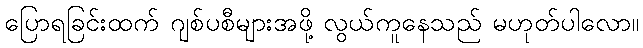
ပြောရခြင်းထက် ဂျစ်ပစီများအဖို့ လွယ်ကူနေသည် မဟုတ်ပါလော။